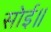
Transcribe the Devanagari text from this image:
सोई॥